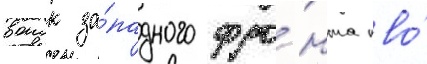
воиск за́падного фро́нта пво́